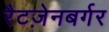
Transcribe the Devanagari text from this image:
रैटज़ेनबर्गर